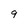
Character: 9